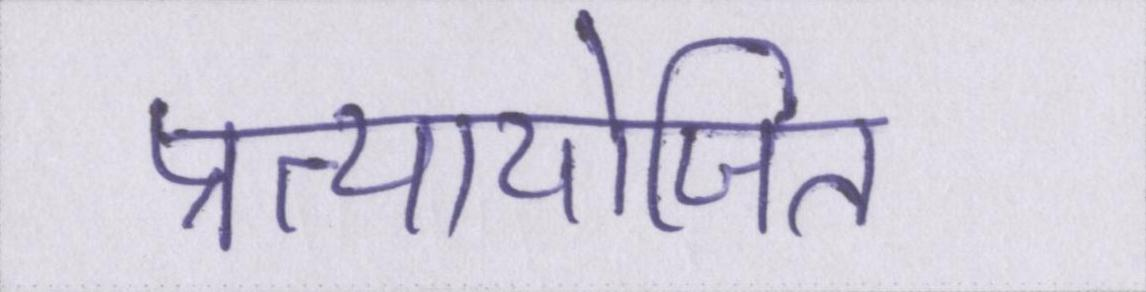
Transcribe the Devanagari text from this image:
प्रत्यायोजित